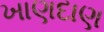
ખાણદાણ